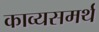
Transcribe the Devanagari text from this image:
काव्यसमर्थ